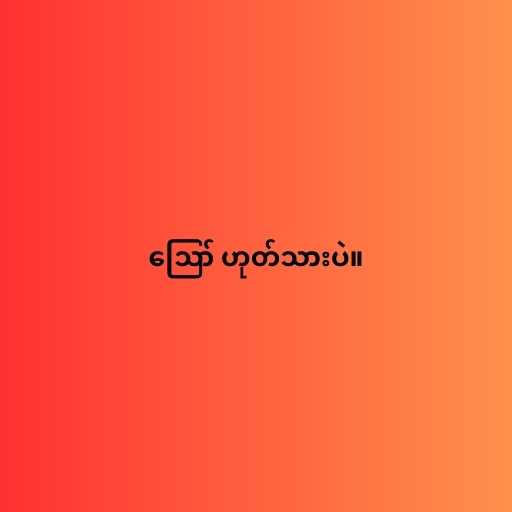
ဪ ဟုတ်သားပဲ။